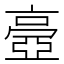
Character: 𠆊